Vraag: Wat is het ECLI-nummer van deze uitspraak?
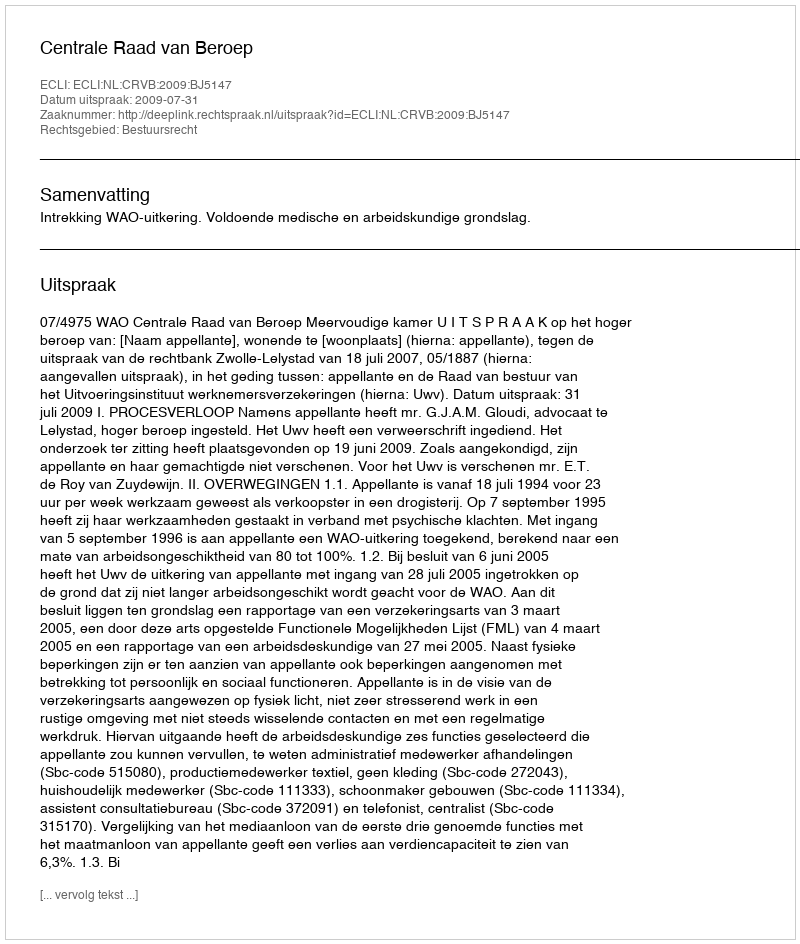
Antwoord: ECLI:NL:CRVB:2009:BJ5147